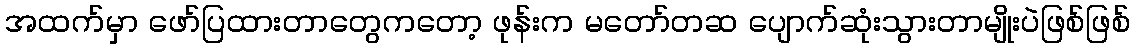
အထက်မှာ ဖော်ပြထားတာတွေကတော့ ဖုန်းက မတော်တဆ ပျောက်ဆုံးသွားတာမျိုးပဲဖြစ်ဖြစ်